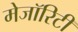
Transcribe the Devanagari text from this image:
मेजॉरिटी